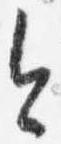
今